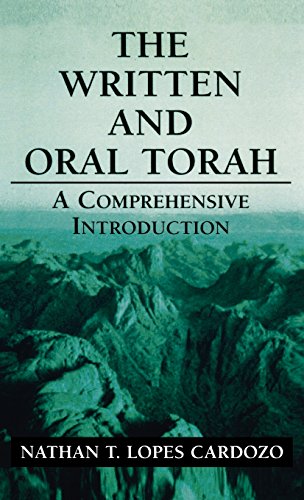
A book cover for The Written and Oral Torah: A Comprehensive Introduction; Nathan T. Lopes Cardozo; Religion & Spirituality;